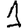
Digit: 1